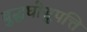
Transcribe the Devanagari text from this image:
बुद्धघोसुपत्ति